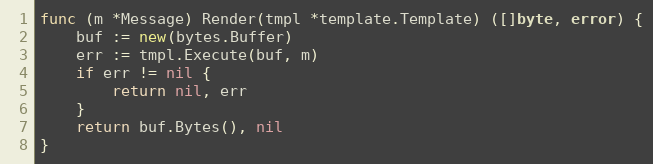
Language: Go
func (m *Message) Render(tmpl *template.Template) ([]byte, error) {
	buf := new(bytes.Buffer)
	err := tmpl.Execute(buf, m)
	if err != nil {
		return nil, err
	}
	return buf.Bytes(), nil
}